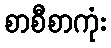
စာစီစာကုံး